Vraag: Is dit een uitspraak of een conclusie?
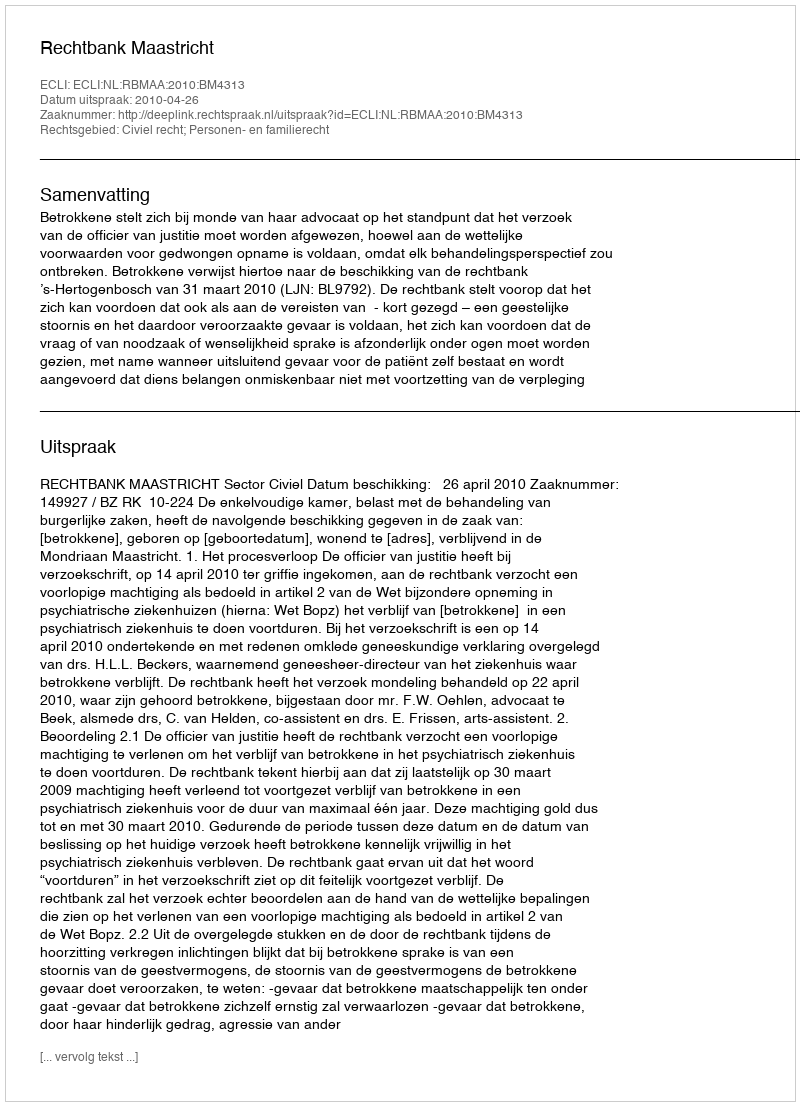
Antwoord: Uitspraak